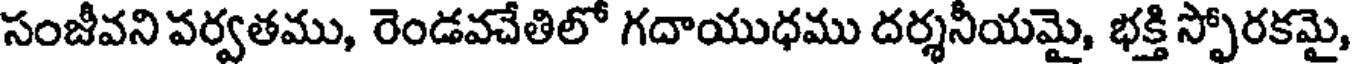
సంజీవని పర్వతము, రెండవచేతిలో గదాయుధము దర్శనీయమై, భక్తి స్ఫోరకమై,